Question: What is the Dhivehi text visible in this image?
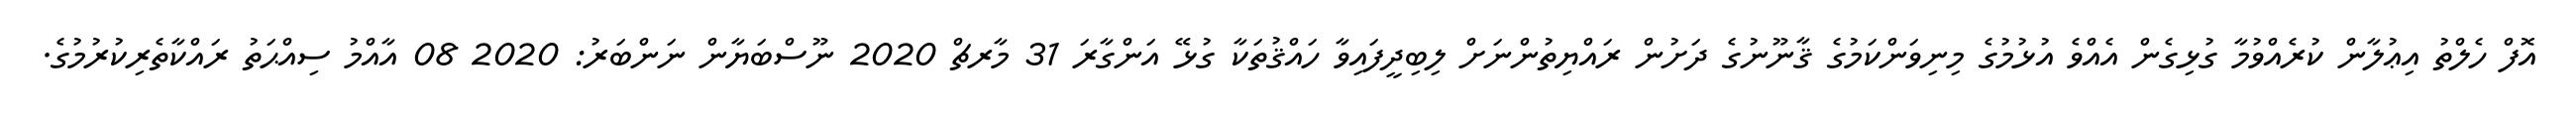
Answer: އޮފް ހެލްތު އިޢުލާން ކުރެއްވުމާ ގުޅިގެން އެއްވެ އުޅުމުގެ މިނިވަންކަމުގެ ޤާނޫނުގެ ދަށުން ރައްޔިތުންނަށް ލިބިދީފައިވާ ހައްޤުތަކާ ގުޅޭ އަންގާރަ 31 މާރޗް 2020 ނޫސްބަޔާން ނަންބަރު: 2020 08 އާއްމު ސިއްޙަތު ރައްކާތެރިކުރުމުގެ.